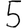
Digit: 5